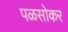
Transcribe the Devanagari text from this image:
पळसोकर